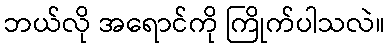
ဘယ်လို အရောင်ကို ကြိုက်ပါသလဲ။